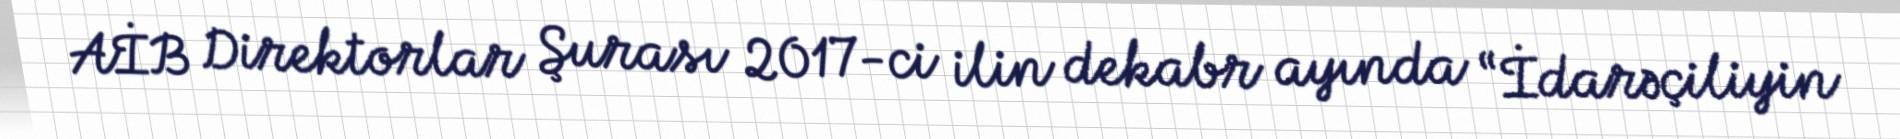
AİB Direktorlar Şurası 2017-ci ilin dekabr ayında “İdarəçiliyin